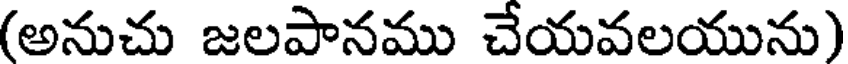
(అనుచు జలపానము చేయవలయును)